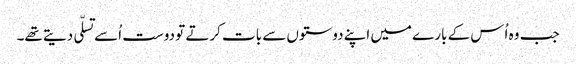
جب وہ اُس کے بارے میں اپنے دوستوں سے بات کرتے تو دوست اُسے تسلّی دیتے تھے۔